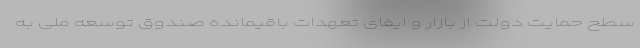
سطح حمایت دولت از بازار و ایفای تعهدات باقیمانده صندوق توسعه ملی به